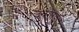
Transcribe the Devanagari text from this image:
देवगांडुळे